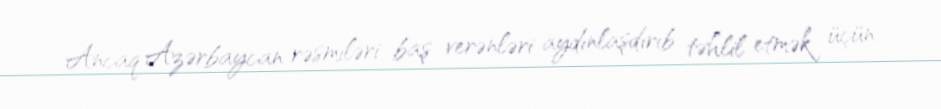
Ancaq Azərbaycan rəsmiləri baş verənləri aydınlaşdırıb təhlil etmək üçün